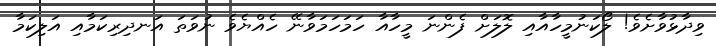
ވިދާޅުވާށެވެ! ލޯކަނުމީހާއާއި ލޮލަށް ފެންނަ މީހާއާ ހަމަހަމަވާނޭ ހެއްޔެވެ ނުވަތަ އަނދިރިކަމާއި އަލިކަމާ